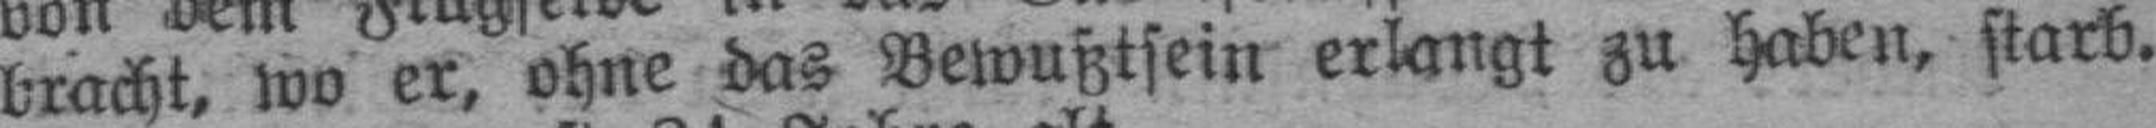
bracht, wo er, ohne das Bewußtsein erlangt zu haben, starb.